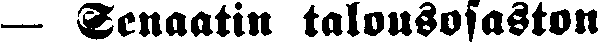
— Senaatin talousosaston